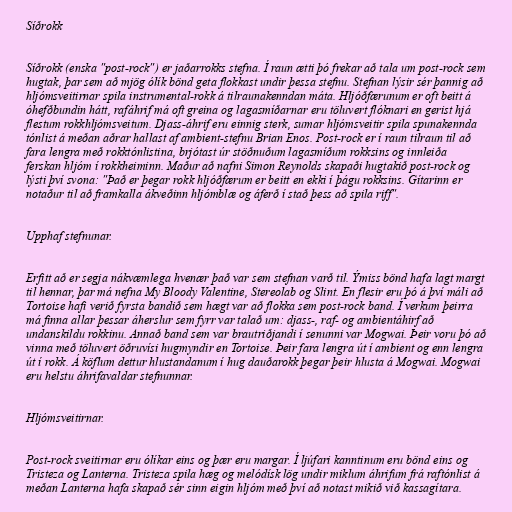
Síðrokk

Síðrokk (enska "post-rock") er jaðarrokks stefna. Í raun ætti þó frekar að tala um post-rock sem
hugtak, þar sem að mjög ólík bönd geta flokkast undir þessa stefnu. Stefnan lýsir sér þannig að
hljómsveitirnar spila instrumental-rokk á tilraunakenndan máta. Hljóðfærunum er oft beitt á
óhefðbundin hátt, rafáhrif má oft greina og lagasmíðarnar eru töluvert flóknari en gerist hjá
flestum rokkhljómsveitum. Djass-áhrif eru einnig sterk, sumar hljómsveitir spila spunakennda
tónlist á meðan aðrar hallast af ambient-stefnu Brian Enos. Post-rock er í raun tilraun til að
fara lengra með rokktónlistina, brjótast úr stöðnuðum lagasmíðum rokksins og innleiða
ferskan hljóm í rokkheiminn. Maður að nafni Simon Reynolds skapaði hugtakið post-rock og
lýsti því svona: "Það er þegar rokk hljóðfærum er beitt en ekki í þágu rokksins. Gítarinn er
notaður til að framkalla ákveðinn hljómblæ og áferð í stað þess að spila riff".

Upphaf stefnunar.

Erfitt að er segja nákvæmlega hvenær það var sem stefnan varð til. Ýmiss bönd hafa lagt margt
til hennar, þar má nefna My Bloody Valentine, Stereolab og Slint. En flesir eru þó á því máli að
Tortoise hafi verið fyrsta bandið sem hægt var að flokka sem post-rock band. Í verkum þeirra
má finna allar þessar áherslur sem fyrr var talað um: djass-, raf- og ambientáhirf að
undanskildu rokkinu. Annað band sem var brautriðjandi í senunni var Mogwai. Þeir voru þó að
vinna með töluvert öðruvísi hugmyndir en Tortoise. Þeir fara lengra út í ambient og enn lengra
út í rokk. Á köflum dettur hlustandanum í hug dauðarokk þegar þeir hlusta á Mogwai. Mogwai
eru helstu áhrifavaldar stefnunnar.

Hljómsveitirnar.

Post-rock sveitirnar eru ólíkar eins og þær eru margar. Í ljúfari kanntinum eru bönd eins og
Tristeza og Lanterna. Tristeza spila hæg og melódísk lög undir miklum áhrifum frá raftónlist á
meðan Lanterna hafa skapað sér sinn eigin hljóm með því að notast mikið við kassagítara.